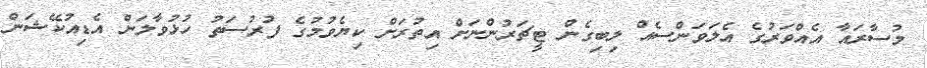
މުސާރައާ އެއްވަރުގެ އެލަވަންސެއް ލިބިގެން ޓީޗަރުންނަށް އިތުރަށް ކިޔެވުމުގެ ފުރުސަތު ހުޅުވާލަން އެޑިއުކޭޝަން